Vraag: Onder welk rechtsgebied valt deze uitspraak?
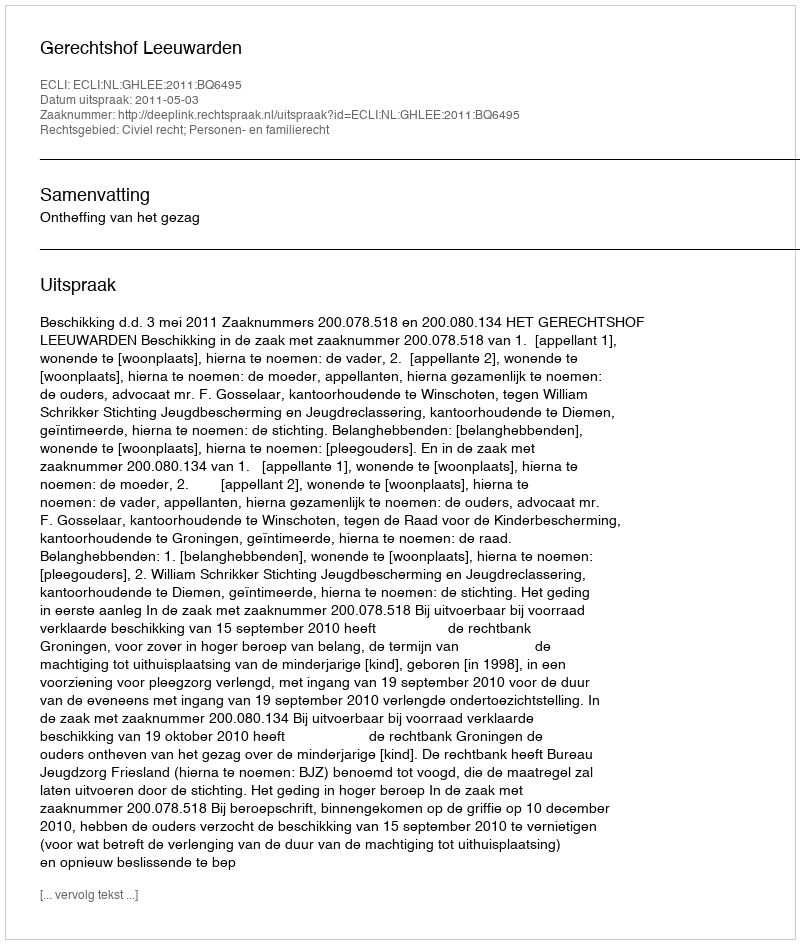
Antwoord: Civiel recht; Personen- en familierecht